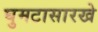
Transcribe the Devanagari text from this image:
घुमटासारखे